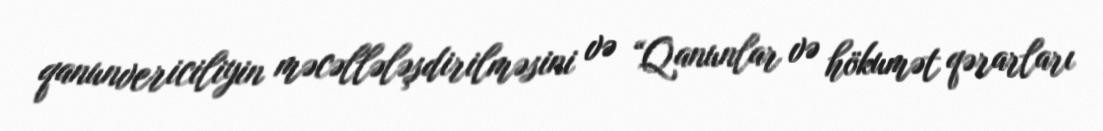
qanunvericiliyin məcəllələşdirilməsini və “Qanunlar və hökumət qərarları